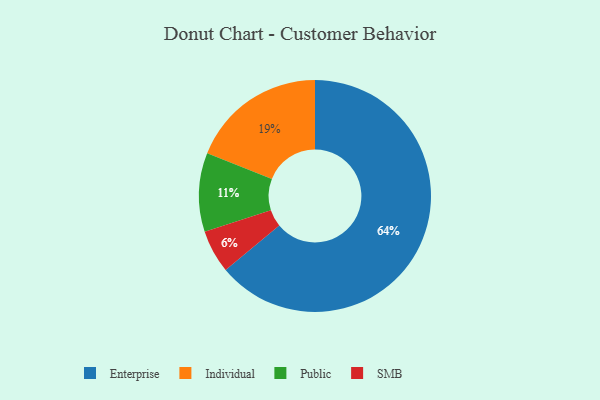
{"axis": {"x": "Category", "y": "Percentage"}, "legend": ["Enterprise", "Individual", "Public", "SMB"], "data": [{"x": "Individual", "y": 19, "type": "Individual"}, {"x": "Public", "y": 11, "type": "Public"}, {"x": "SMB", "y": 6, "type": "SMB"}, {"x": "Enterprise", "y": 64, "type": "Enterprise"}]}